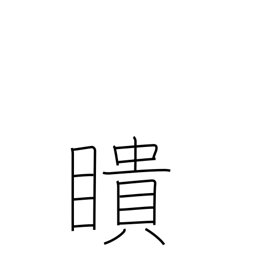
Meaning: see everything